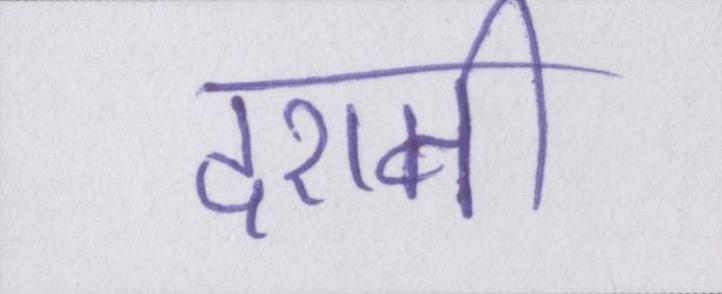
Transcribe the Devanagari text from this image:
दशमी